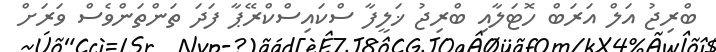
ބްރިޖު އަލް އަރަބް ހޮޓަލާއި ބްރިޖު ޚަލީފާ ސްކައިސްކްރޭޕާ ފަދަ ތަންތަންވެސް ވަރަށް